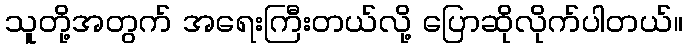
သူတို့အတွက် အရေးကြီးတယ်လို့ ပြောဆိုလိုက်ပါတယ်။